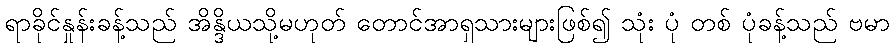
ရာခိုင်နှုန်းခန့်သည် အိန္ဒိယသို့မဟုတ် တောင်အာရှသားများဖြစ်၍ သုံး ပုံ တစ် ပုံခန့်သည် ဗမာ